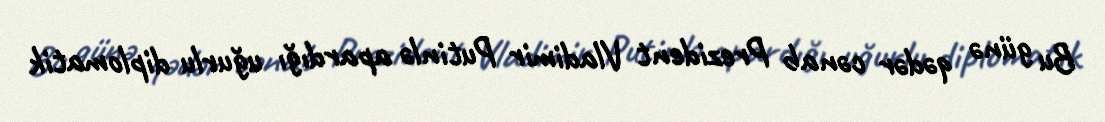
Bu günə qədər cənab Prezident Vladimir Putinlə apardığı uğurlu diplomatik